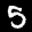
Digit: 5